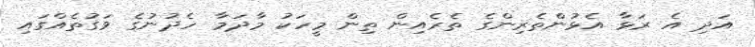
އަދި އެ ރަޅާ އެޅުންތެރިންގެ ތެރެއިން ތިން މީހަކު މާދަމާ ހެދުނުގެ ވަގުތެއްގައި